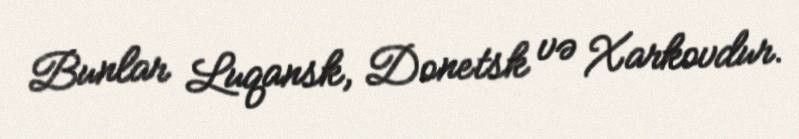
Bunlar Luqansk, Donetsk və Xarkovdur.